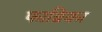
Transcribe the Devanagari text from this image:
फाब्रिका